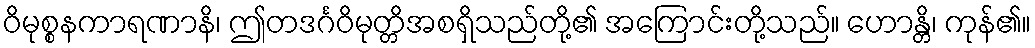
ဝိမုစ္စနကာရဏာနိ၊ ဤတဒင်္ဂဝိမုတ္တိအစရှိသည်တို့၏ အကြောင်းတို့သည်။ ဟောန္တိ၊ ကုန်၏။